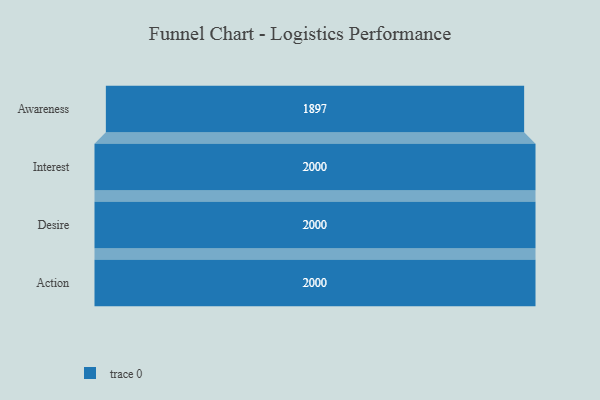
{"axis": {"x": "Stage", "y": "Value"}, "legend": [""], "data": [{"x": "Awareness", "y": 1897.0, "type": ""}, {"x": "Interest", "y": 2000, "type": ""}, {"x": "Desire", "y": 2000, "type": ""}, {"x": "Action", "y": 2000, "type": ""}]}